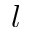
l